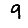
Digit: 9